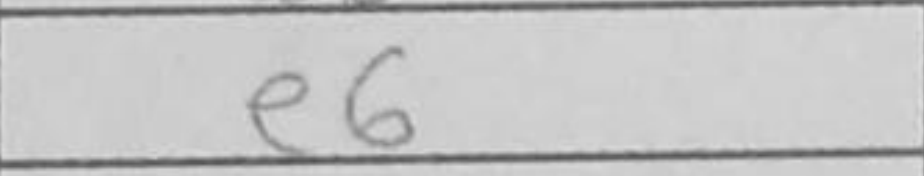
Transcription: e6